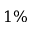
1 \%